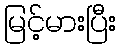
မြင့်မားပြီး